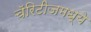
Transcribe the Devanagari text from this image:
चॅरिटीजमध्ये